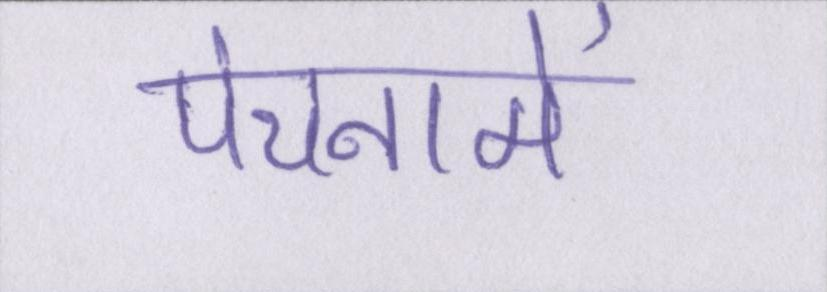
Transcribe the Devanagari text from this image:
पंचनामें